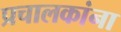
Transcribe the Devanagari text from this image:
प्रचालकांना